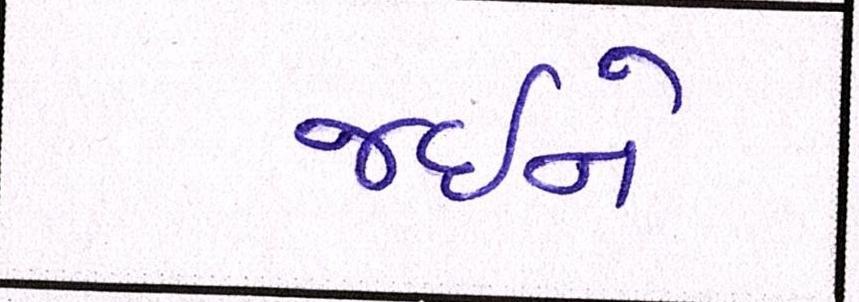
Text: જઈને